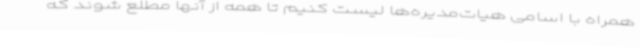
همراه با اسامی هیات‌مدیره‌ها لیست کنیم تا همه از آنها مطلع شوند که